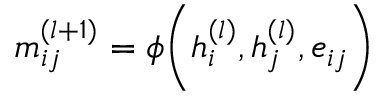
m _ { i j } ^ { ( l + 1 ) } = \phi \bigg ( h _ { i } ^ { ( l ) } , h _ { j } ^ { ( l ) } , e _ { i j } \bigg )